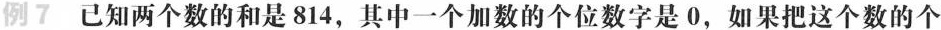
例7 已知两个数的和是814，其中一个加数的个位数字是0，如果把这个数的个